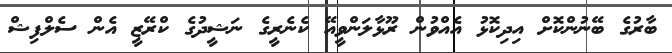
ބާރުގެ ބޭނުންކޮށް އިދިކޮޅު އެއްވުން ރޫޅާލަަންވީއޭ ކެނެރީގެ ނަޝީދުގެ ކްރޭޒީ އެން ސެލްފިޝް